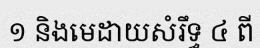
១ និងមេដាយសំរឹទ្ធ ៤ ពី